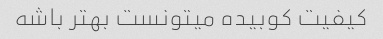
کیفیت کوبیده میتونست بهتر باشه